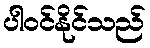
ပါဝင်နိုင်သည်